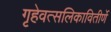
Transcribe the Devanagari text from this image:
गृहेवत्सलिकावितीर्णे